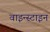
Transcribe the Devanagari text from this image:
वाइन्स्टाइन